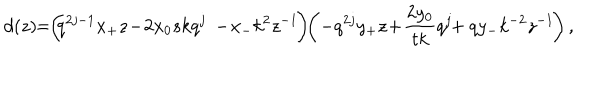
LaTeX: d ( z ) \! \! = \! \! \left( \! \! q ^ { 2 j - 1 } x _ { + } z \! - \! 2 x _ { 0 } s k q ^ { j } \phantom { \frac { q ^ { j } } { s } } \! \! \! \! \! \! - \! x _ { - } k ^ { 2 } z ^ { - 1 } \! \right) \! \! \left( - q ^ { 2 j } y _ { + } z \! + \! \frac { 2 y _ { 0 } } { t k } q ^ { j } \! \! + q y _ { - } k ^ { - 2 } z ^ { - 1 } \! \right) ,